Report of the Indian Hemp Drugs Commission, 1894-1895 - Volume VII
Year: 1894
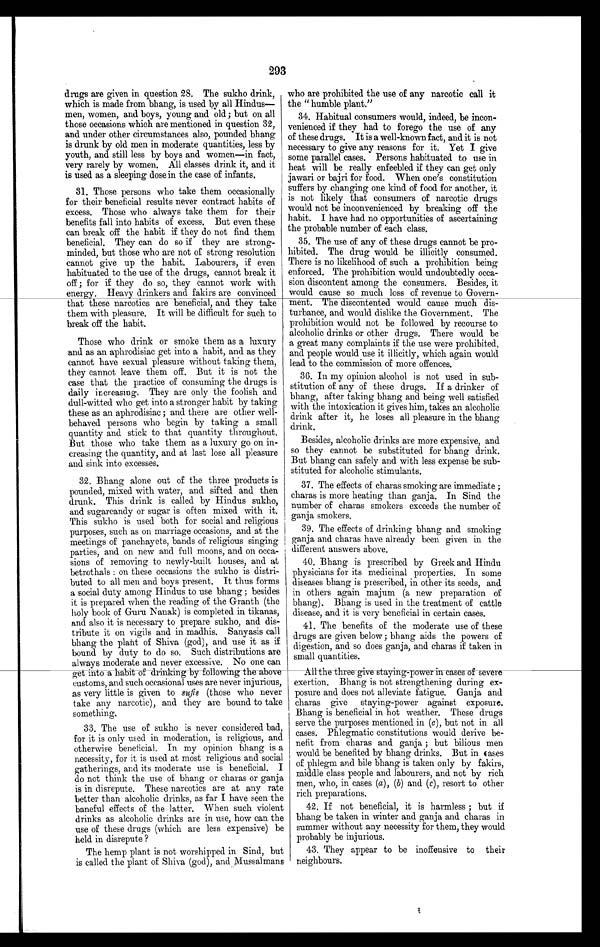
293
drugs are given in question 28. The sukho drink,
which is made from bhang, is used by all Hindus—
men, women, and boys, young and old; but on all
those occasions which are mentioned in question 32,
and under other circumstances also, pounded bhang
is drunk by old men in moderate quantities, less by
youth, and still less by boys and women—in fact,
very rarely by women. All classes drink it, and it
is used as a sleeping dose in the case of infants.
31. Those persons who take them occasionally
for their beneficial results never contract habits of
excess. Those who always take them for their
benefits fall into habits of excess. But even these
can break off the habit if they do not find them
beneficial. They can do so if they are strong-
minded, but those who are not of strong resolution
cannot give up the habit. Labourers, if even
habituated to the use of the drugs, cannot break it
off; for if they do so, they cannot work with
energy. Heavy drinkers and fakirs are convinced
that these narcotics are beneficial, and they take
them with pleasure. It will be difficult for such to
break off the habit.
Those who drink or smoke them as a luxury
and as an aphrodisiac get into a habit, and as they
cannot have sexual pleasure without taking them,
they cannot leave them off. But it is not the
case that the practice of consuming the drugs is
daily increasing. They are only the foolish and
dull-witted who get into a stronger habit by taking
these as an aphrodisiac; and there are other well-
behaved persons who begin by taking a small
quantity and stick to that quantity throughout.
But those who take them as a luxury go on in-
creasing the quantity, and at last lose all pleasure
and sink into excesses.
32.
Bhang alone out of the three products is
pounded, mixed with water, and sifted and then
drunk. This drink is called by Hindus sukho,
and sugarcandy or sugar is often mixed with it.
This sukho is used both for social and religious
purposes, such as on marriage occasions, and at the
meetings of panchayets, bands of religious singing
parties, and on new and full moons, and on occa-
sions of removing to newly-built houses, and at
betrothals: on these occasions the sukho is distri-
buted to all men and boys present. It thus forms
a social duty among Hindus to use bhang; besides
it is prepared when the reading of the Granth (the
holy book of Guru Nanak) is completed in tikanas,
and also it is necessary to prepare sukho, and dis-
tribute it on vigils and in madhis. Sanyasis call
bhang the plant of Shiva (god), and use it as if
bound by duty to do so. Such distributions are
always moderate and never excessive. No one can
get into a habit of drinking by following the above
customs, and such occasional uses are never injurious,
as very little is given to sufis (those who never
take any narcotic), and they are bound to take
something.
33. The use of sukho is never considered bad,
for it is only used in moderation, is religious, and
otherwise beneficial. In my opinion bhang is a
necessity, for it is used at most religious and social
gatherings, and its moderate use is beneficial. I
do not think the use of bhang or charas or ganja
is in disrepute. These narcotics are at any rate
better than alcoholic drinks, as far I have seen the
baneful effects of the latter. When such violent
drinks as alcoholic drinks are in use, how can the
use of these drugs (which are less expensive) be
held in disrepute ?
The hemp plant is not worshipped in Sind, but
is called the plant of Shiva (god), and Mussalmans
who are prohibited the use of any narcotic call it
the "humble plant."
34. Habitual consumers would, indeed, be
incon-venienced if they had to forego the use of any
of these drugs. It is a well-known fact, and it is not
necessary to give any reasons for it. Yet I give
some parallel cases. Persons habituated to use in
heat will be really enfeebled if they can get only
jawari or bajri for food. When one's constitution
suffers by changing one kind of food for another, it
is not likely that consumers of narcotic drugs
would not be inconvenienced by breaking off the
habit. I have had no opportunities of ascertaining
the probable number of each class.
35. The use of any of these drugs cannot be
pro-hibited. The drug would be illicitly consumed.
There is no likelihood of such a prohibition being
enforced. The prohibition would undoubtedly occa-
sion discontent among the consumers. Besides, it
would cause so much loss of revenue to Govern-
ment. The discontented would cause much dis-
turbance, and would dislike the Government. The
prohibition would not be followed by recourse to
alcoholic drinks or other drugs. There would be
a great many complaints if the use were prohibited,
and people would use it illicitly, which again would
lead to the commission of more offences.
36. In my opinion alcohol is not used in sub-
stitution of any of these drugs. If a drinker of
bhang, after taking bhang and being well satisfied
with the intoxication it gives him, takes an alcoholic
drink after it, he loses all pleasure in the bhang
drink.
Besides, alcoholic drinks are more expensive, and
so they cannot be substituted for bhang drink.
But bhang can safely and with less expense be sub-
stituted for alcoholic stimulants
.
37. The effects of charas smoking are immediate;
charas is more heating than ganja. In Sind the
number of charas smokers exceeds the number of
ganja smokers.
39. The effects of drinking bhang and smoking
ganja and charas have already been given in the
different answers above.
40. Bhang is prescribed by Greek and Hindu
physicians for its medicinal properties. In some
diseases bhang is prescribed, in other its seeds, and
in others again majum (a new preparation of
bhang). Bhang is used in the treatment of cattle
disease, and it is very beneficial in certain cases.
41. The benefits of the moderate use of these
drugs are given below; bhang aids the powers of
digestion, and so does ganja, and charas if taken in
small quantities.
A l l t h e
three give staying-power in cases of severe exertion. Bhang is not strengthening during ex-
posure and does not alleviate fatigue. Ganja and
charas give staying-power against exposure.
Bhang is beneficial in hot weather. These drugs
serve the purposes mentioned in ( c), but not in all
cases. Phlegmatic constitutions would derive be-
nefit from charas and ganja; but bilious men
would be benefited by bhang drinks. But in cases
of phlegm and bile bhang is taken only by fakirs,
middle class people and labourers, and not by rich
men, who, in cases (a), (b) and ( c), resort to other
rich preparations.
42. If not beneficial, it is harmless; but if
bhang be taken in winter and ganja and charas in
summer without any necessity for them, they would
probably be injurious.
43. They appear to be inoffensive to their
neighbours.